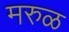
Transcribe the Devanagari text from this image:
मरुळ